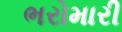
ભરોમારી